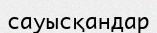
сауысқандар